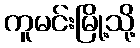
ကူမင်းမြို့သို့